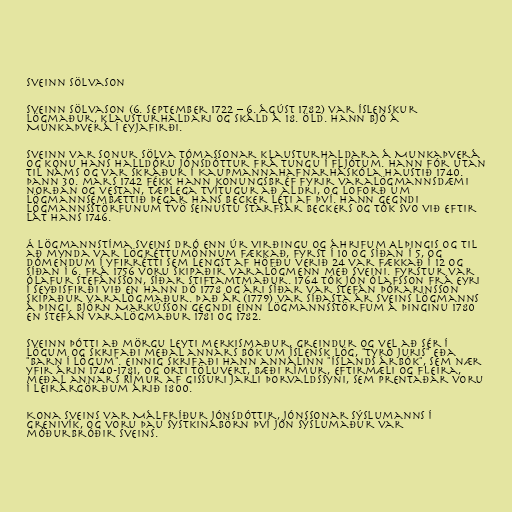
Sveinn Sölvason

Sveinn Sölvason (6. september 1722 – 6. ágúst 1782) var íslenskur
lögmaður, klausturhaldari og skáld á 18. öld. Hann bjó á
Munkaþverá í Eyjafirði.

Sveinn var sonur Sölva Tómassonar klausturhaldara á Munkaþverá
og konu hans Halldóru Jónsdóttur frá Tungu í Fljótum. Hann fór utan
til náms og var skráður í Kaupmannahafnarháskóla haustið 1740.
Þann 30. mars 1742 fékk hann konungsbréf fyrir varalögmannsdæmi
norðan og vestan, tæplega tvítugur að aldri, og loforð um
lögmannsembættið þegar Hans Becker léti af því. Hann gegndi
lögmannsstörfunum tvö seinustu starfsár Beckers og tók svo við eftir
lát hans 1746.

Á lögmannstíma Sveins dró enn úr virðingu og áhrifum Alþingis og til
að mynda var lögréttumönnum fækkað, fyrst í 10 og síðan í 5, og
dómendum í yfirrétti sem lengst af höfðu verið 24 var fækkað í 12 og
síðan í 6. Frá 1756 voru skipaðir varalögmenn með Sveini. Fyrstur var
Ólafur Stefánsson, síðar stiftamtmaður. 1764 tók Jón Ólafsson frá Eyri
í Seyðisfirði við en hann dó 1778 og ári síðar var Stefán Þórarinsson
skipaður varalögmaður. Það ár (1779) var síðasta ár Sveins lögmanns
á þingi. Björn Markússon gegndi einn lögmannsstörfum á þinginu 1780
en Stefán varalögmaður 1781 og 1782.

Sveinn þótti að mörgu leyti merkismaður, greindur og vel að sér í
lögum og skrifaði meðal annars bók um íslensk lög, "Tyro juris" eða
"Barn í lögum". Einnig skrifaði hann annálinn "Íslands árbók", sem nær
yfir árin 1740-1781, og orti töluvert, bæði rímur, eftirmæli og fleira,
meðal annars Rímur af Gissuri jarli Þorvaldssyni, sem prentaðar voru
í Leirárgörðum árið 1800.

Kona Sveins var Málfríður Jónsdóttir, Jónssonar sýslumanns í
Grenivík, og voru þau systkinabörn því Jón sýslumaður var
móðurbróðir Sveins.